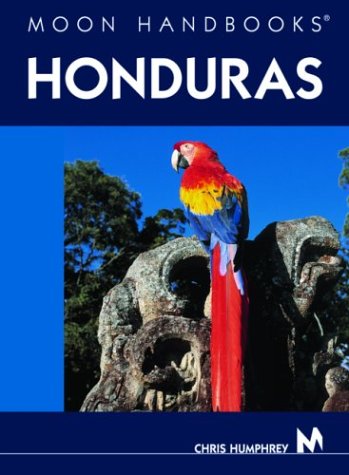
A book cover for Moon Handbooks Honduras; Christopher Humphrey; Travel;